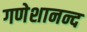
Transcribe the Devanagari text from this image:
गणेशानन्द